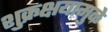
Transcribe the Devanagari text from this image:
शुक्रक्षयामुळे